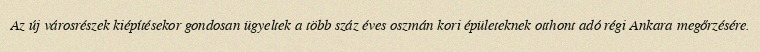
Az új városrészek kiépítésekor gondosan ügyeltek a több száz éves oszmán kori épületeknek otthont adó régi Ankara megőrzésére.